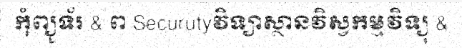
កុំព្យូទ័រ & ព Securutyវិទ្យាស្ថានវិស្វកម្មវិទ្យុ &